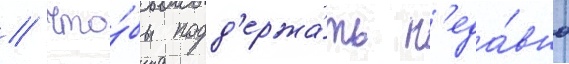
// Что́бы подд'ержа́ть н'еда́вно